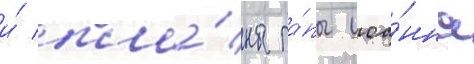
и́ пла́ны па́пы иоа́нна